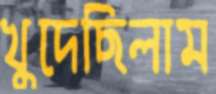
খুদেছিলাম